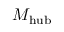
M _ { \mathrm { h u b } }